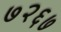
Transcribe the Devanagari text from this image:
७२६७